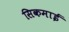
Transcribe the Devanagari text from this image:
सिकमाई